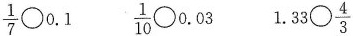
\frac{1}{7} \bigcirc 0.1 \frac{1}{10} \bigcirc 0.03 1.33 \bigcirc \frac{4}{3}